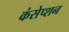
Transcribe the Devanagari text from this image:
कंसेप्शन